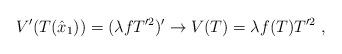
LaTeX: \begin{align*}V'(T(\hat{x}_1))=(\lambda fT'^2)'\rightarrow V(T)=\lambda f(T)T'^2 \ ,\end{align*}